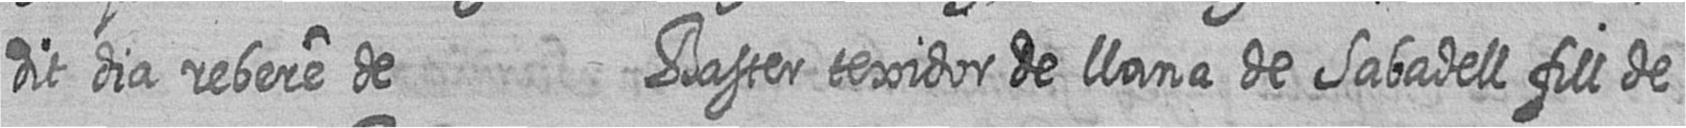
dit dia rebere de Baster texidor de llana de Sabadell fill de